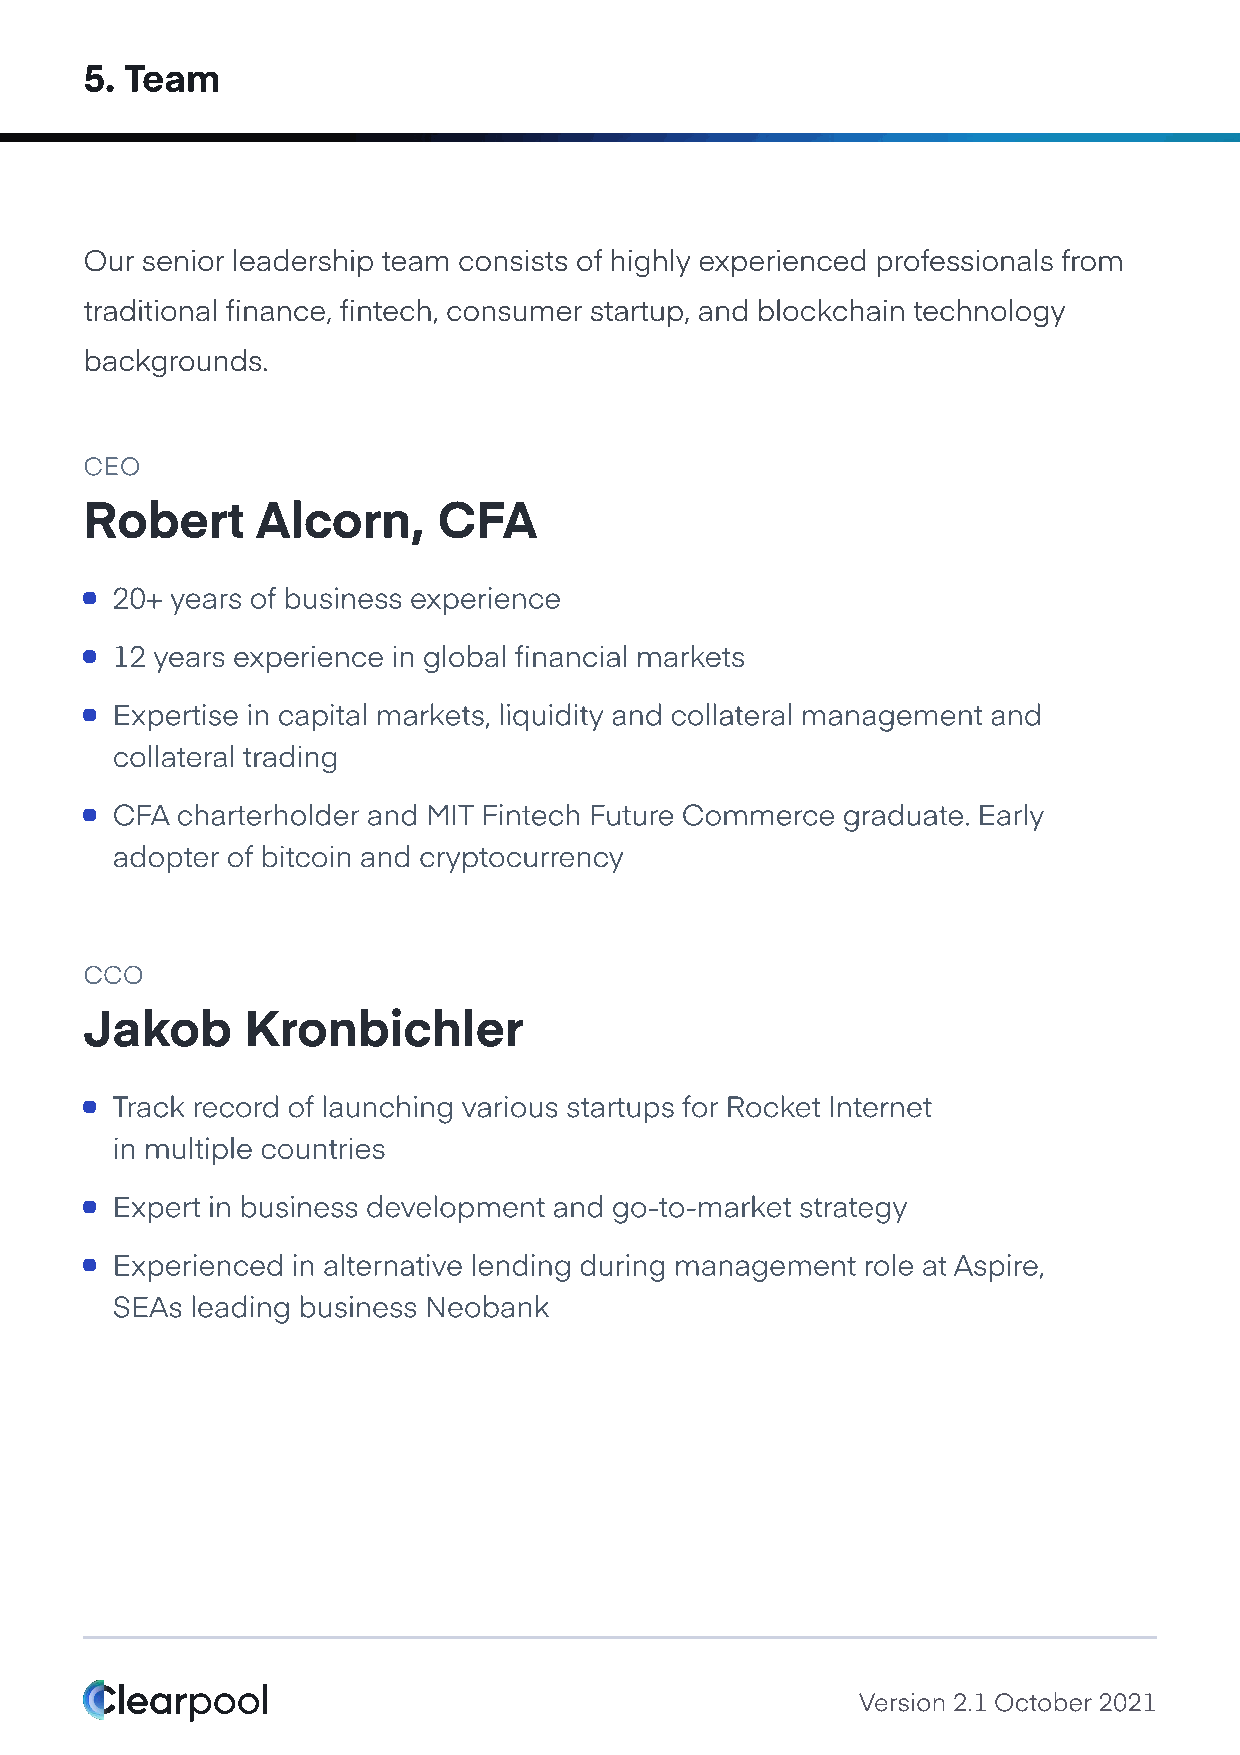
5. Team
 Our senior leadership team consists of highly experienced professionals from
 traditional finance, fintech, consumer startup, and blockchain technology
 backgrounds.
 CEO
 Robert     Alcorn,     CFA
 20+ years of business experience
 12 years experience in global financial markets
 Expertise in capital markets, liquidity and collateral management and
 collateral trading
 CFA  charterholder and MIT Fintech Future Commerce graduate. Early
 adopter of bitcoin and cryptocurrency
 CCO
 Jakob     Kronbichler
 Track record of launching various startups for Rocket Internet
 in multiple countries
 Expert in business development and go-to-market strategy
 Experienced in alternative lending during management role at Aspire,
 SEAs  leading business Neobank
 Version 2.1 October 2021